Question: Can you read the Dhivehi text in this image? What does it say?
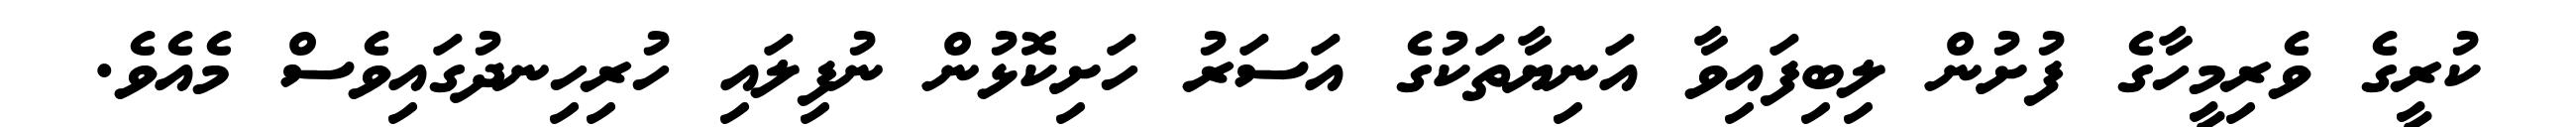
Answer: ކުރީގެ ވެރިމީހާގެ ފުށުން ލިބިފައިވާ އަނިޔާތަކުގެ އަސަރު ހަށިކޮޅުން ނުފިލައި ހުރިހިނދުގައިވެސް މެއެވެ.